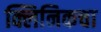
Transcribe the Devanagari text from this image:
क्लिनिकचा